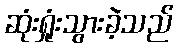
ဆုံးရှုံးသွားခဲ့သည်